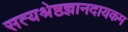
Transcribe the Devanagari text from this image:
सत्यश्रेष्ठज्ञानदायकम